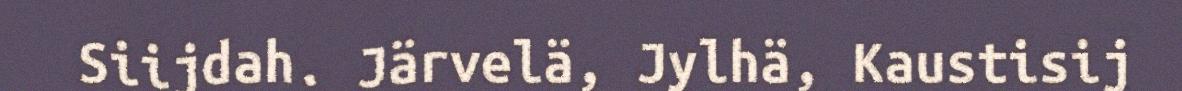
Siijdah. Järvelä, Jylhä, Kaustisij